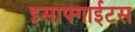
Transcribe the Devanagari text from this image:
इसाफ्गाईटस